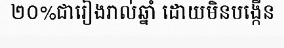
២០%ជារៀងរាល់ឆ្នាំ ដោយមិនបង្កើន